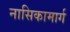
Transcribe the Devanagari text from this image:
नासिकामार्ग